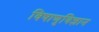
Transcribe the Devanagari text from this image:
विषाणुविज्ञान